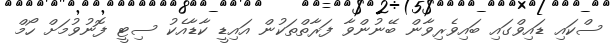
ސްކައި ޑައިވްގައި ބައިވެރިވާން ބޭނުންވާ ފަރާތްތަކުން އައިޑީ ކާޑާއެކު ސިޓީ ފޮނުވުމަށް ހޯމް